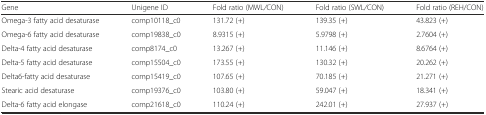
<table><thead><tr><td><b>Gene</b></td><td><b>Unigene ID</b></td><td><b>Fold ratio (MWL<i>/</i>CON)</b></td><td><b>Fold ratio (SWL<i>/</i>CON)</b></td><td><b>Fold ratio (REH/CON)</b></td></tr></thead><tbody><tr><td>Omega-3 fatty acid desaturase</td><td>comp10118_c0</td><td>131.72 (+)</td><td>139.35 (+)</td><td>43.823 (+)</td></tr><tr><td>Omega-6 fatty acid desaturase</td><td>comp19838_c0</td><td>8.9315 (+)</td><td>5.9798 (+)</td><td>2.7604 (+)</td></tr><tr><td>Delta-4 fatty acid desaturase</td><td>comp8174_c0</td><td>13.267 (+)</td><td>11.146 (+)</td><td>8.6764 (+)</td></tr><tr><td>Delta-5 fatty acid desaturase</td><td>comp15504_c0</td><td>173.55 (+)</td><td>130.32 (+)</td><td>20.262 (+)</td></tr><tr><td>Delta6-fatty acid desaturase</td><td>comp15419_c0</td><td>107.65 (+)</td><td>70.185 (+)</td><td>21.271 (+)</td></tr><tr><td>Stearic acid desaturase</td><td>comp19376_c0</td><td>103.80 (+)</td><td>59.047 (+)</td><td>18.341 (+)</td></tr><tr><td>Delta-6 fatty acid elongase</td><td>comp21618_c0</td><td>110.24 (+)</td><td>242.01 (+)</td><td>27.937 (+)</td></tr></tbody></table>